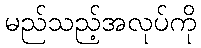
မည်သည့်အလုပ်ကို